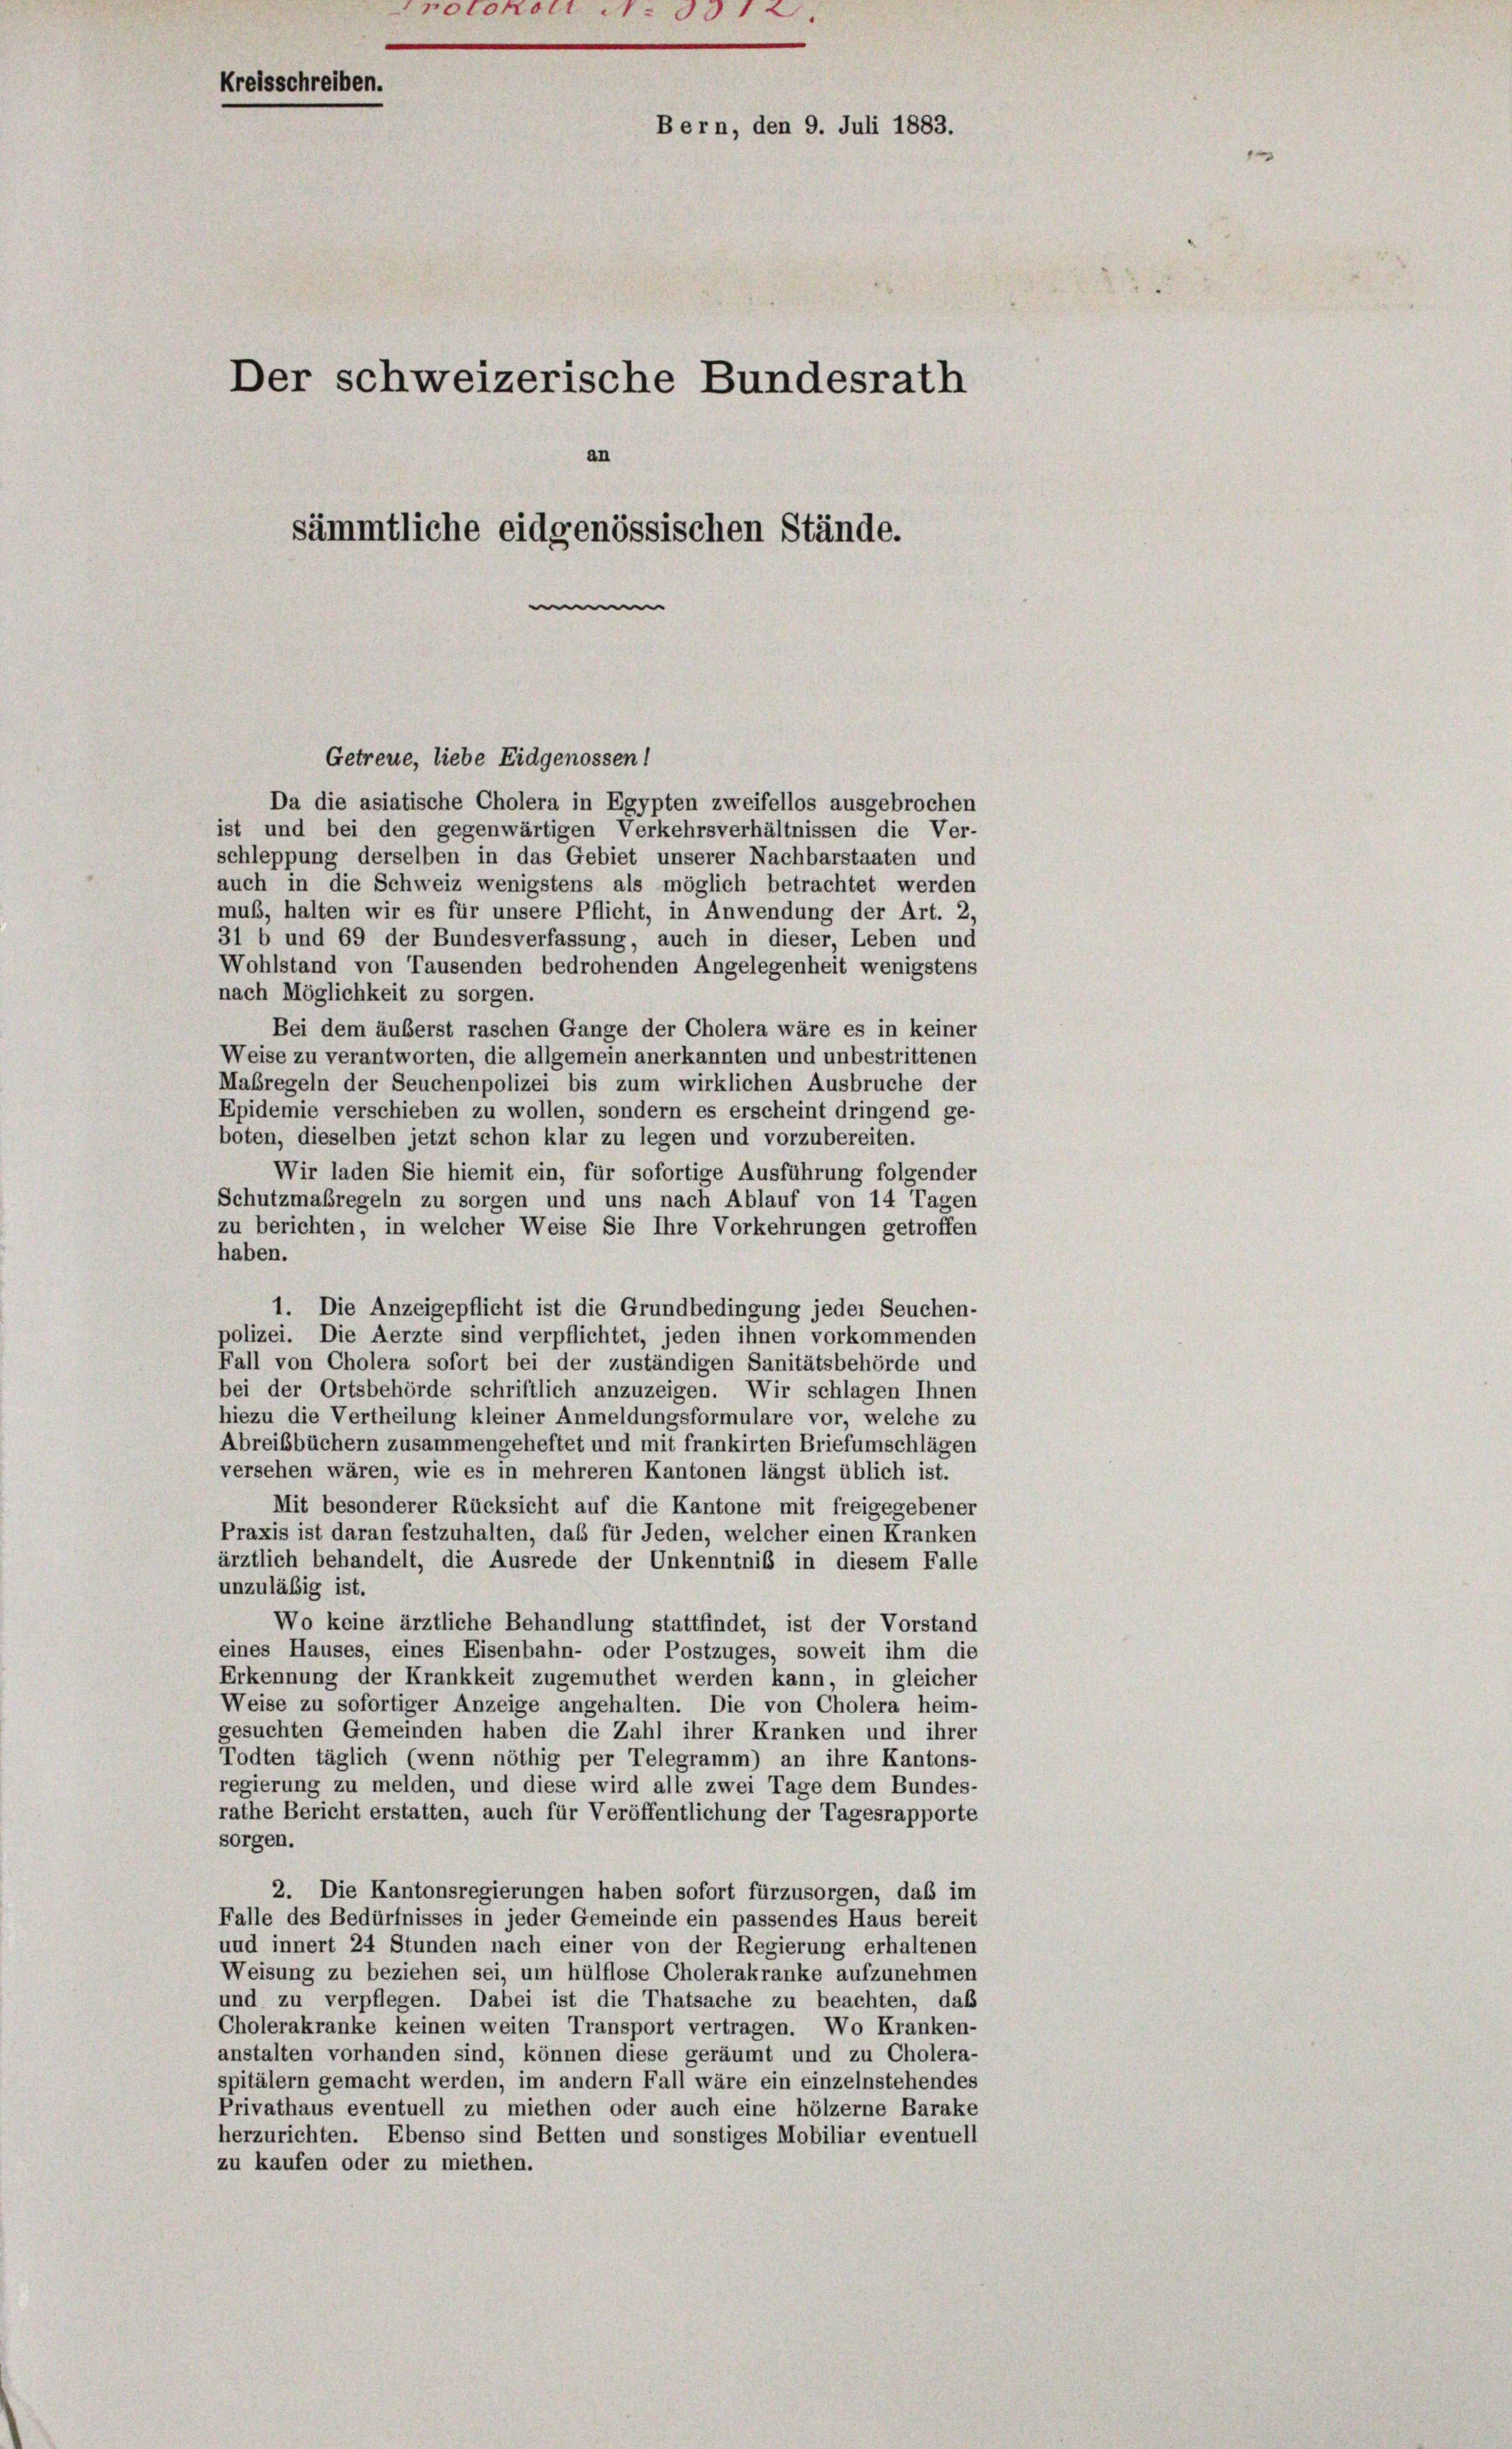
Bern, den 9. Juli 1883

Der schweizerische Bundesrath
an
sämmtliche eidgenössischen Stände.

Getreue, liebe Eidgenossen!
Da die asiatische Cholera in Egypten zweifellos ausgebrochen
ist und bei den gegenwärtigen Verkehrsverhältnissen die Ver-
schleppung derselben in das Gebiet unserer Nachbarstaaten und
auch in die Schweiz wenigstens als möglich betrachtet werden
muß, halten wir es für unsere Pflicht, in Anwendung der Art. 2,
31 b und 69 der Bundesverfassung, auch in dieser, Leben und
Wohlstand von Tausenden bedrohenden Angelegenheit wenigstens
nach Möglichkeit zu sorgen.
Bei dem äuberst raschen Gange der Cholera wäre es in keiner
Weise zu verantworten, die allgemein anerkannten und unbestrittenen
Maßregeln der Seuchenpolizei bis zum wirklichen Ausbruche der
Epidemie verschieben zu wollen, sondern es erscheint dringend ge-
boten, dieselben jetzt schon klar zu legen und vorzubereiten.
Wir laden Sie hiemit ein, für sofortige Ausführung folgender
Schutzmaßregeln zu sorgen und uns nach Ablauf von 14 Tagen
zu berichten, in welcher Weise Sie Ihre Vorkehrungen getroffen
haben.
1. Die Anzeigepflicht ist die Grundbedingung jeder Seuchen-
polizei. Die Aerzte sind verpflichtet, jeden ihnen vorkommenden
Fall von Cholera sofort bei der zuständigen Sanitätsbehörde und
bei der Ortsbehörde schriftlich anzuzeigen. Wir schlagen Ihnen
hiezu die Vertheilung kleiner Anmeldungsformulare vor, welche zu
Abreibbüchern zusammengeheftet und mit frankirten Briefumschlägen
versehen wären, wie es in mehreren Kantonen längst üblich ist.
Mit besonderer Rücksicht auf die Kantone mit freigegebener
Praxis ist daran festzuhalten, daß für Jeden, welcher einen Kranken
ärztlich behandelt, die Ausrede der Unkenntnis in diesem Falle
unzuläßig ist.
Wo keine ärztliche Behandlung stattfindet, ist der Vorstand
eines Hauses, eines Eisenbahn- oder Postzuges, soweit ihm die
Erkennung der Krankkeit zugemuthet werden kann, in gleicher
Weise zu sofortiger Anzeige angehalten. Die von Cholera heim-
gesuchten Gemeinden haben die Zahl ihrer Kranken und ihrer
Todten täglich (wenn nöthig per Telegramm) an ihre Kantons-
regierung zu melden, und diese wird alle zwei Tage dem Bundes-
rathe Bericht erstatten, auch für Veröffentlichung der Tagesrapporte
sorgen.
2. Die Kantonsregierungen haben sofort fürzusorgen, daß im
Falle des Bedürfnisses in jeder Gemeinde ein passendes Haus bereit
und innert 24 Stunden nach einer von der Regierung erhaltenen
Weisung zu beziehen sei, um hülflose Cholerakranke aufzunehmen
und zu verpflegen. Dabei ist die Thatsache zu beachten, daß
Cholerakranke keinen weiten Transport vertragen. Wo Kranken-
anstalten vorhanden sind, können diese geräumt und zu Cholera-
spitälern gemacht werden, im andern Fall wäre ein einzelnstehendes
Privathaus eventuell zu miethen oder auch eine hölzerne Barake
herzurichten. Ebenso sind Betten und sonstiges Mobiliar eventuell
zu kaufen oder zu miethen.